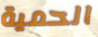
الحمية